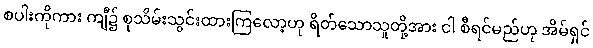
စပါးကိုကား ကျီ၌ စုသိမ်းသွင်းထားကြလော့ဟု ရိတ်သောသူတို့အား ငါ စီရင်မည်ဟု အိမ်ရှင်